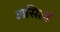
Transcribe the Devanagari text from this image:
असित्वं